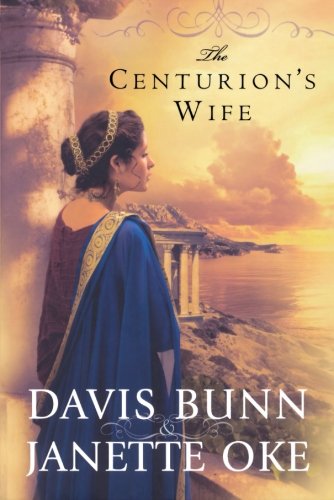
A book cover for The Centurion's Wife (Acts of Faith, Book 1); Janette Oke; Literature & Fiction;